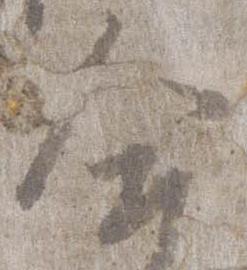
合